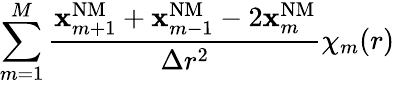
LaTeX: \sum_{m=1}^{M}\frac{\mathbf{x}_{m+1}^{\mathrm{{NM}}}+\mathbf{x}_{m-1}^{\mathrm{{NM}}}-2\mathbf{x}_{m}^{\mathrm{{NM}}}}{\Delta r^{2}}\chi_{m}(r)